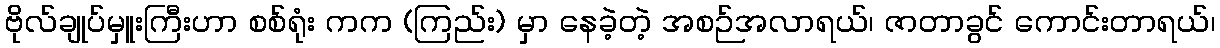
ဗိုလ်ချုပ်မှူးကြီးဟာ စစ်ရုံး ကက (ကြည်း) မှာ နေခဲ့တဲ့ အစဉ်အလာရယ်၊ ဇာတာခွင် ကောင်းတာရယ်၊